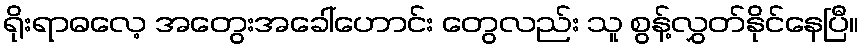
ရိုးရာဓလေ့ အတွေးအခေါ်ဟောင်း တွေလည်း သူ စွန့်လွှတ်နိုင်နေပြီ။